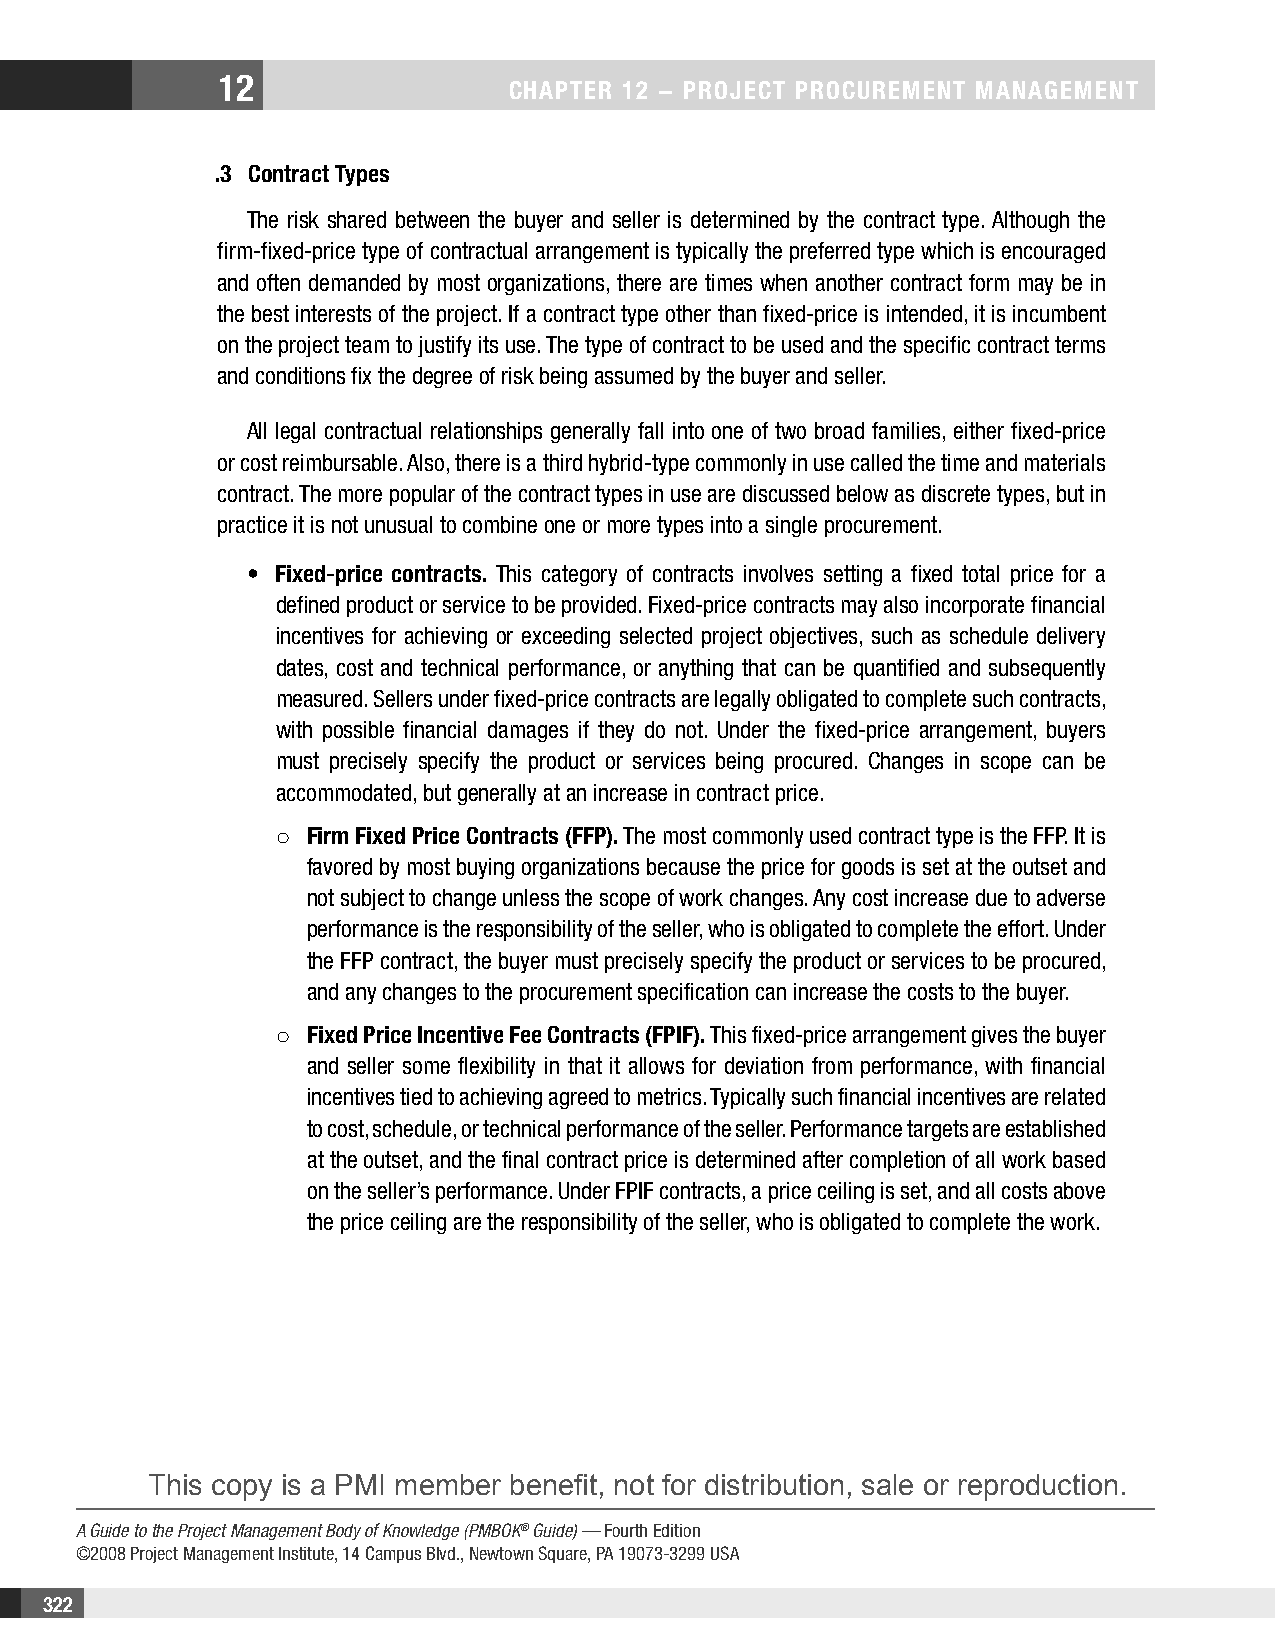
12
 CHAPTER 12 − PROjECT PROCuREMEnT MAnAgEMEnT
 .3 Contract Types
 The risk shared between the buyer and seller is determined by the contract type. Although the
 firm-fixed-price type of contractual arrangement is typically the preferred type which is encouraged
 and often demanded by most organizations, there are times when another contract form may be in
 the best interests of the project. If a contract type other than fixed-price is intended, it is incumbent
 on the project team to justify its use. The type of contract to be used and the specific contract terms
 and conditions fix the degree of risk being assumed by the buyer and seller.
 All legal contractual relationships generally fall into one of two broad families, either fixed-price
 or cost reimbursable. Also, there is a third hybrid-type commonly in use called the time and materials
 contract. The more popular of the contract types in use are discussed below as discrete types, but in
 practice it is not unusual to combine one or more types into a single procurement.
 • Fixed-price contracts. This category of contracts involves setting a fixed total price for a
 defined product or service to be provided. Fixed-price contracts may also incorporate financial
 incentives for achieving or exceeding selected project objectives, such as schedule delivery
 dates, cost and technical performance, or anything that can be quantified and subsequently
 measured. Sellers under fixed-price contracts are legally obligated to complete such contracts,
 with possible financial damages if they do not. Under the fixed-price arrangement, buyers
 must precisely specify the product or services being procured. Changes in scope can be
 accommodated, but generally at an increase in contract price.
 ○  Firm Fixed Price Contracts (FFP). The most commonly used contract type is the FFP. It is
 favored by most buying organizations because the price for goods is set at the outset and
 not subject to change unless the scope of work changes. Any cost increase due to adverse
 performance is the responsibility of the seller, who is obligated to complete the effort. Under
 the FFP contract, the buyer must precisely specify the product or services to be procured,
 and any changes to the procurement specification can increase the costs to the buyer.
 ○  Fixed Price Incentive Fee Contracts (FPIF). This fixed-price arrangement gives the buyer
 and seller some flexibility in that it allows for deviation from performance, with financial
 incentives tied to achieving agreed to metrics. Typically such financial incentives are related
 to cost, schedule, or technical performance of the seller. Performance targets are established
 at the outset, and the final contract price is determined after completion of all work based
 on the seller’s performance. Under FPIF contracts, a price ceiling is set, and all costs above
 the price ceiling are the responsibility of the seller, who is obligated to complete the work.
 This copy is a PMI member benefit, not for distribution, sale or reproduction.
 A Guide to the Project Management Body of Knowledge (PMBOK® Guide) — Fourth Edition
 ©2008 Project Management Institute, 14 Campus Blvd., Newtown Square, PA 19073-3299 USA
 322